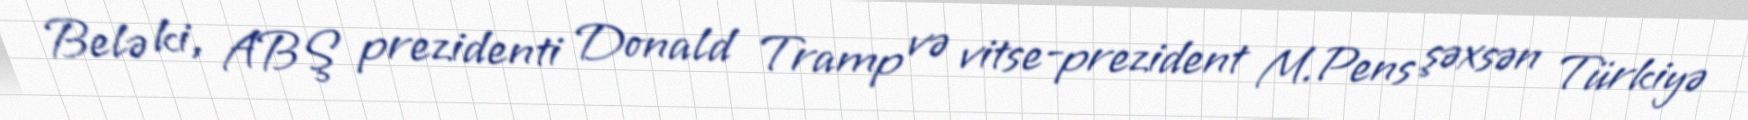
Belə ki, ABŞ prezidenti Donald Tramp və vitse-prezident M.Pens şəxsən Türkiyə